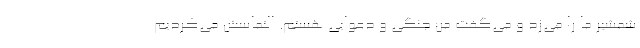
شمشیر ما را می‌زد و می‌گفت من جنگی و دعوایی هستم. التماسش می‌کردیم